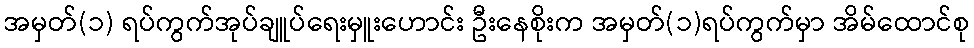
အမှတ်(၁) ရပ်ကွက်အုပ်ချူပ်ရေးမှူးဟောင်း ဦးနေစိုးက အမှတ်(၁)ရပ်ကွက်မှာ အိမ်ထောင်စု